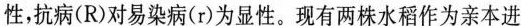
性，抗病(R)对易染病(r)为显性。现有两株水稻作为亲本进